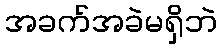
အခက်အခဲမရှိဘဲ